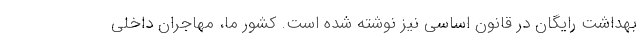
بهداشت رایگان در قانون اساسی نیز نوشته شده است. کشور ما، مهاجران داخلی